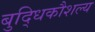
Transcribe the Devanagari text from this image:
बुद्धिकौशल्य